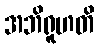
အဘိရူဟတိ